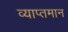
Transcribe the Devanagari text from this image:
व्याप्तमान